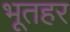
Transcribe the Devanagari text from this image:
भूतहर